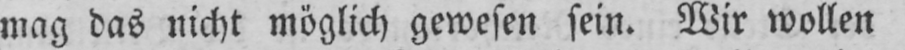
mag das nicht möglich gewesen sein. Wir wollen